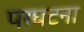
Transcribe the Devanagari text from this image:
परघटना